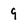
Character: 9